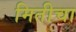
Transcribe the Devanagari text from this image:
मितीचा